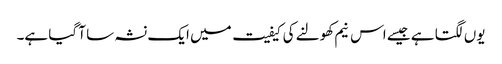
یوں لگتا ہے جیسے اس نیم کھولنے کی کیفیت میں ایک نشہ سا آ گیا ہے۔